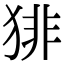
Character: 猅